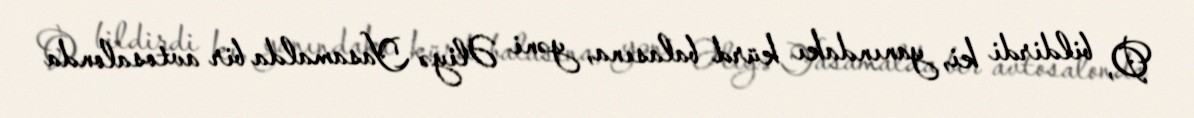
O, bildirdi ki, yanındakı kürd balasına, yəni Əliyə Yasamalda bir avtosalonda